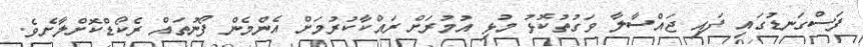
ފަސްގަނޑުގައި ފައި ޖައްސާލާ ވަގުތުކޮޅު މުޅި އުމުރަށް ރައްކާކުރުމަށް އެންމެން ފޯނުތައް ރެކޯޑްކޮށްލާށެވެ.